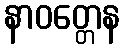
နာဝတ္တေန